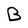
Character: B